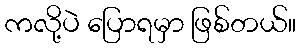
ကလို့ပဲ ပြောရမှာ ဖြစ်တယ်။